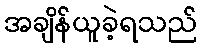
အချိန်ယူခဲ့ရသည်